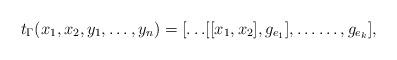
LaTeX: \begin{align*} t_{\Gamma}( x_1, x_2, y_1, \dots, y_n ) = [\dots\![[x_1, x_2], g_{e_1}], \dots \dots, g_{e_k}], \end{align*}